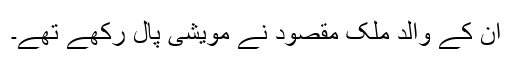
ان کے والد ملک مقصود نے مویشی پال رکھے تھے۔